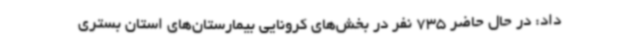
داد: در حال حاضر 735 نفر در بخش‌های کرونایی بیمارستان‌های استان بستری